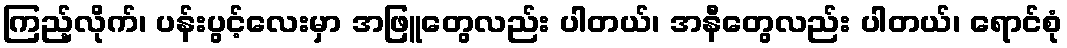
ကြည့်လိုက်၊ ပန်းပွင့်လေးမှာ အဖြူတွေလည်း ပါတယ်၊ အနီတွေလည်း ပါတယ်၊ ရောင်စုံ